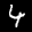
Label: 4